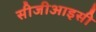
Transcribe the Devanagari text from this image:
सीजीआइसी